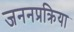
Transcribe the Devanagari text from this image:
जननप्रक्रिया